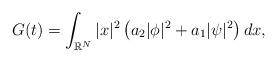
LaTeX: \begin{align*}\left.\begin{array}{ll}\displaystyle G(t)=\int_{\mathbb{R}^N }|x|^2\left(a_2|\phi|^2+a_1|\psi|^2\right)dx,\end{array}\right.\end{align*}